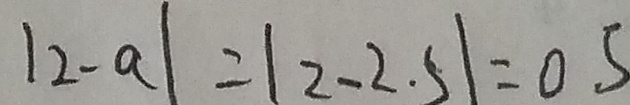
\vert 2 - a \vert = \vert 2 - 2 . 5 \vert = 0 . 5